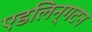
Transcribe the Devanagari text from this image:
एडलिन्गटन